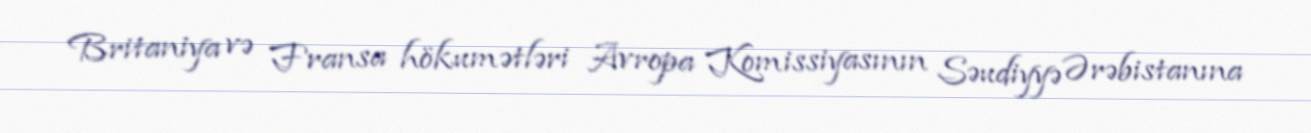
Britaniya və Fransa hökumətləri Avropa Komissiyasının Səudiyyə Ərəbistanına